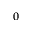
_ 0